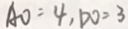
A O = 4 , D O = 3